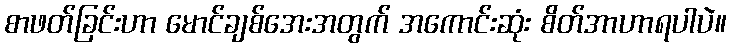
စာဖတ်ခြင်းဟာ မောင်ချစ်အေးအတွက် အကောင်းဆုံး စိတ်အာဟာရပါပဲ။